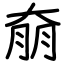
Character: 奟